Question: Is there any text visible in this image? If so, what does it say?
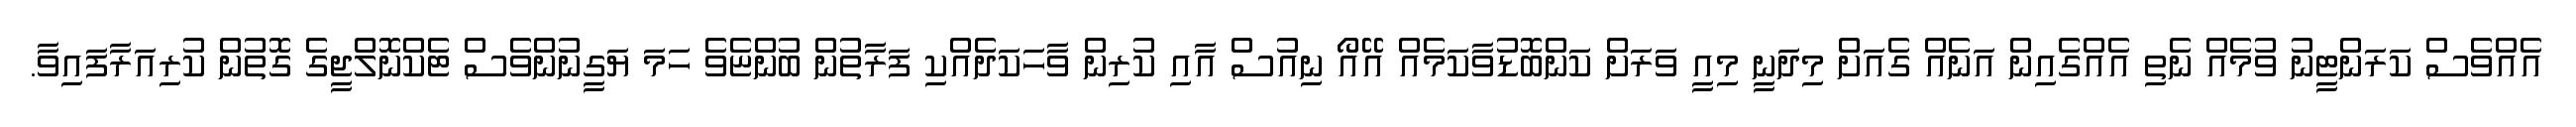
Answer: އެއްވެސް ކަރަންޓީނު ވުމެއް ނެތި އެއްގެއިން އަނެއް ގެއަށް މިދަނީ މިއީ ވަރަށް ކަންބޮޑުވާކަމެއް އޭއޯ ނިއުސް އާއި ކުރިން ވާހަކަދެއްކި ފަރާތުން ބުންޏެވެ ހަމަ ޔަގީނުންވެސް ޓެކްނޮލްޖީގެ ގޮތުން ކުރިއަރާފައިވާ.